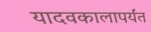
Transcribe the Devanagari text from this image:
यादवकालापर्यंत